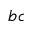
b c